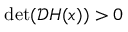
\operatorname* { d e t } ( \mathcal { D } \boldsymbol { H } ( \boldsymbol { x } ) ) > 0